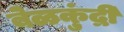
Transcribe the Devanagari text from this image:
बेळकुंद्री